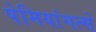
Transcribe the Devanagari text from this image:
पेमियांगत्से